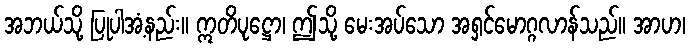
အဘယ်သို့ ပြုပါအံ့နည်း။ ဣတိပုဋ္ဌော၊ ဤသို့ မေးအပ်သော အရှင်မောဂ္ဂလာန်သည်။ အာဟ၊